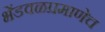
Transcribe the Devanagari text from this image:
भेंडवळप्रमाणेच